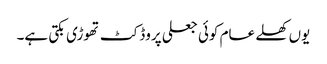
یوں کھلے عام کوئی جعلی پروڈکٹ تھوڑی بکتی ہے۔